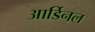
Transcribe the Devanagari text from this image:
आर्डिनल